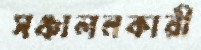
সঞ্চালনকারী